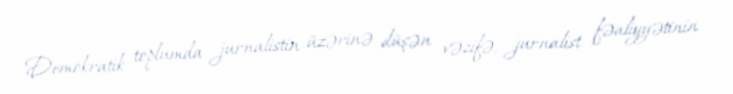
Demokratik toplumda jurnalistin üzərinə düşən vəzifə, jurnalist fəaliyyətinin